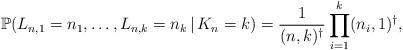
LaTeX: \begin{align*}\mathbb{P}( L_{n,1} = n_1, \ldots, L_{n,k} = n_k \,|\, K_n = k) = \frac{1}{(n,k)^{\dagger}} \prod_{i=1}^k (n_i,1)^{\dagger},\end{align*}